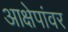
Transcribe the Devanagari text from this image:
आक्षेपांवर